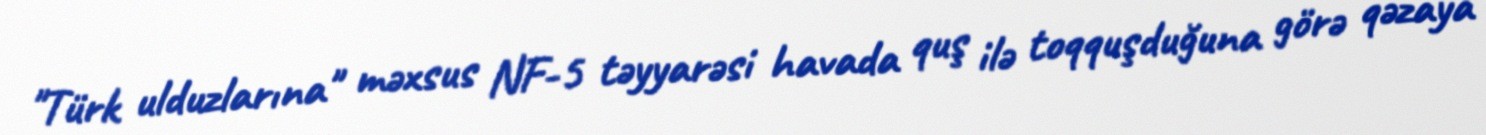
"Türk ulduzlarına" məxsus NF-5 təyyarəsi havada quş ilə toqquşduğuna görə qəzaya